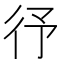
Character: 𭛞